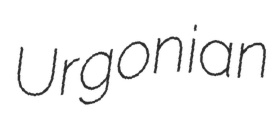
Urgonian